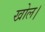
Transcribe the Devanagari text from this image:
खोल।